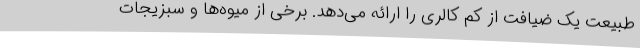
طبیعت یک ضیافت از کم کالری را ارائه می‌دهد. برخی از میوه‌ها و سبزیجات